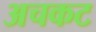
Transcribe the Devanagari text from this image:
अचकट